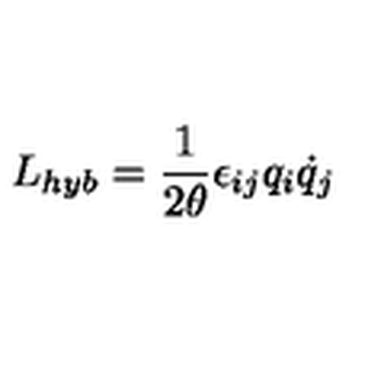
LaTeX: L _ { h y b } = \frac { 1 } { 2 \theta } \epsilon _ { i j } q _ { i } \dot { q } _ { j }